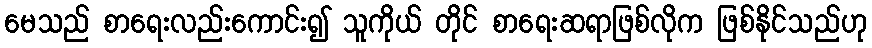
မေသည် စာရေးလည်းကောင်း၍ သူကိုယ် တိုင် စာရေးဆရာဖြစ်လိုက ဖြစ်နိုင်သည်ဟု